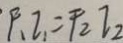
F _ { 1 } I _ { 1 } = F _ { 2 } T _ { 2 }